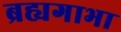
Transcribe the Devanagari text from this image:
ब्रह्यगाभा